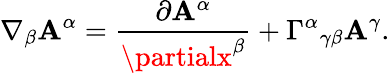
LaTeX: \nabla_{\beta}\mathbf{A}^{\alpha}={\frac{{\partial\mathbf{A}^{\alpha}}}{{\partialx^{\beta}}}}+\Gamma^{\alpha}{}_{\gamma\beta}\mathbf{A}^{\gamma}.